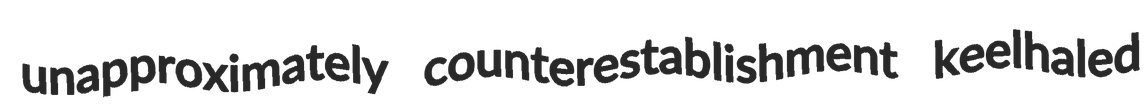
unapproximately counterestablishment keelhaled